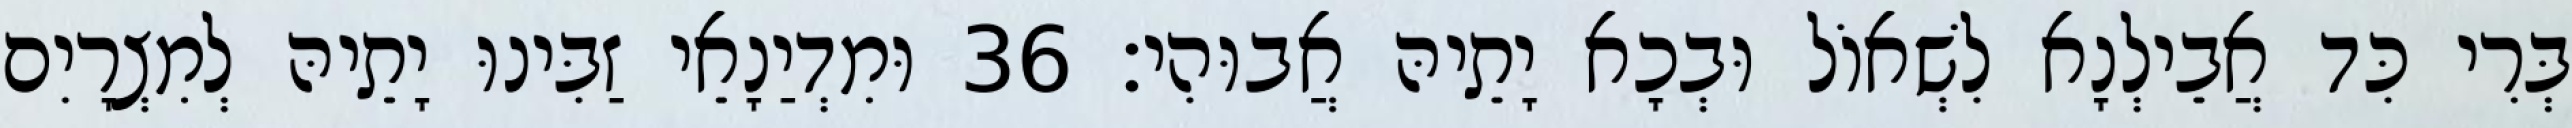
בְּרִי כִּד אֲבֵילְנָא לִשְׁאוֹל וּבְכָא יָתֵיהּ אֲבוּהִי׃ 36 וּמִדְיַנָאֵי זַבִּינוּ יָתֵיהּ לְמִצְרָיִם